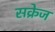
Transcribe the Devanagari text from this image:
सक्रेज